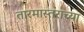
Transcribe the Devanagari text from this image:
तारमास्तराच्या